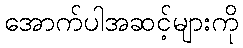
အောက်ပါအဆင့်များကို